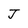
Character: J